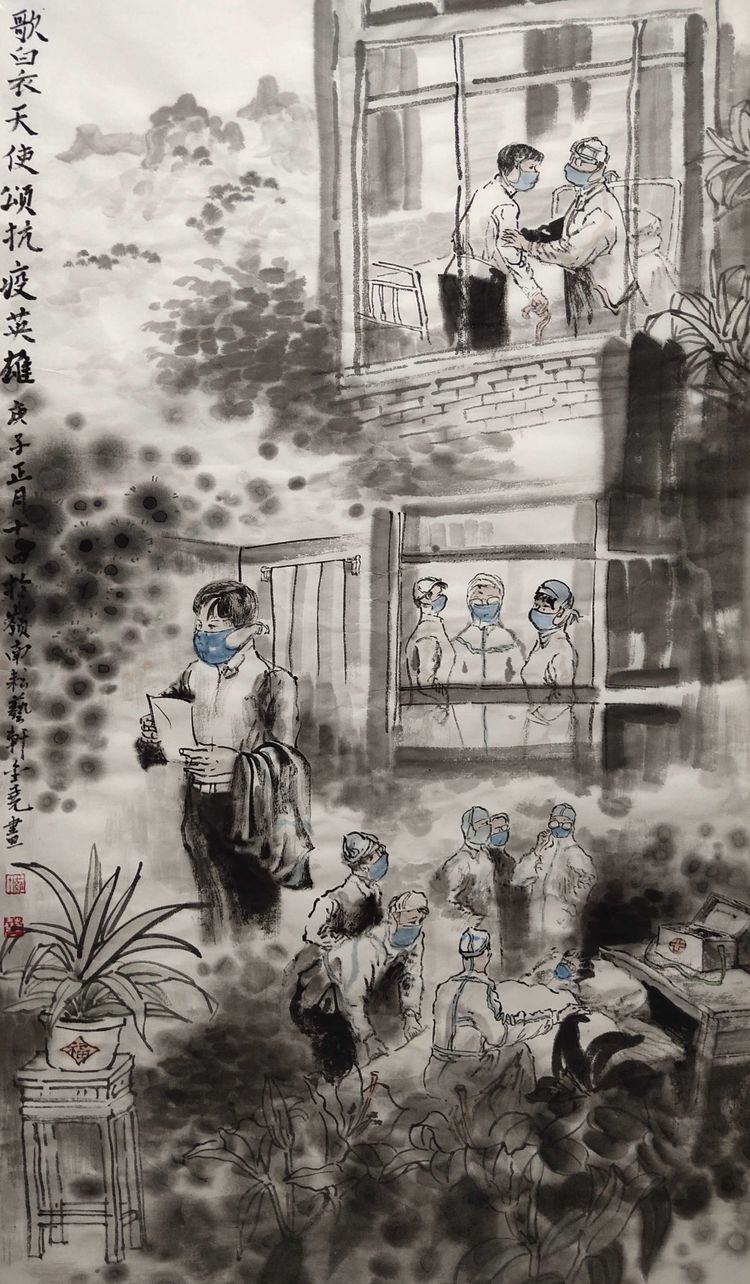
独立雕栏，谁怜枉度华年。